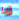
زيا